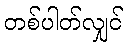
တစ်ပါတ်လျှင်